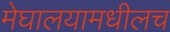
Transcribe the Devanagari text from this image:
मेघालयामधीलच